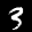
Label: 3